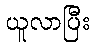
ယူလာပြီး